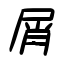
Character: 屑